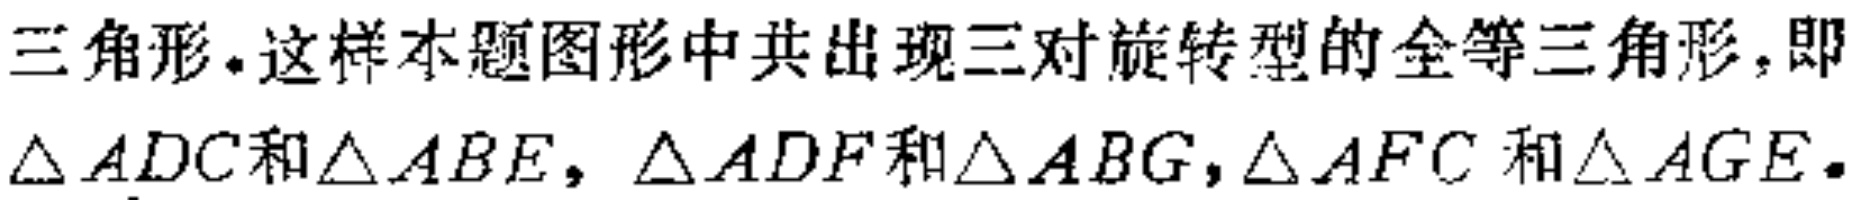
三角形. 这样本题图形中共出现三对旋转型的全等三角形, 即$\triangle ADC$和$\triangle ABE$, $\triangle ADF$和$\triangle ABG$, $\triangle AFC$和$\triangle AGE$.